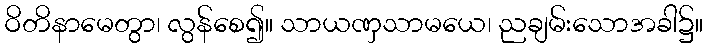
ဝိတိနာမေတွာ၊ လွန်စေ၍။ သာယဏှသာမယေ၊ ညချမ်းသောအခါ၌။